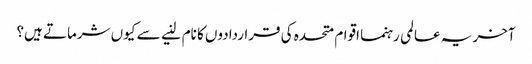
آخر یہ عالمی رہنما اقوام متحدہ کی قراردادوں کا نام لنیے سے کیوں شرماتے ہیں؟